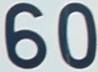
60